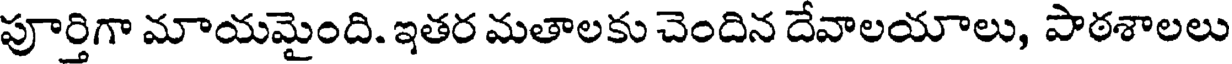
పూర్తిగా మాయమైంది. ఇతర మతాలకు చెందిన దేవాలయాలు, పాఠశాలలు